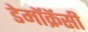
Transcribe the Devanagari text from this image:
डेमॉक्रॅसी